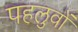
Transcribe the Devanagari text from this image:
पहलुवों